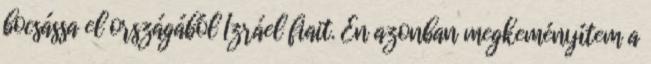
bocsássa el országából Izráel fiait. Én azonban megkeményítem a